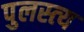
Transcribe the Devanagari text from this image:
पुलस्‍त्‍य